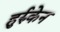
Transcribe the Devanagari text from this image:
हुर्रुकेन